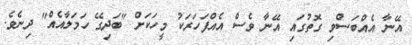
އޭނާ އެއްބަސްވި ގޮތުގައި އޭނާ ވެސް އެއްފަހަރަކު މީހަކަށް "ބަދިގޭ ހަމަލާއެއް" ދިނެވެ.